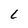
Character: L